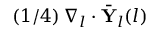
( 1 / 4 ) \, \nabla _ { l } \cdot \bar { \mathbf { Y } } _ { l } ( l )